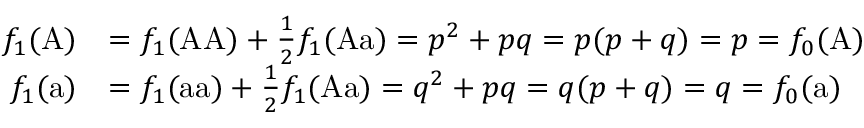
{ \begin{array} { r l } { f _ { 1 } ( { \mathrm { A } } ) } & { = f _ { 1 } ( { \mathrm { A A } } ) + { \frac { 1 } { 2 } } f _ { 1 } ( { \mathrm { A a } } ) = p ^ { 2 } + p q = p ( p + q ) = p = f _ { 0 } ( { \mathrm { A } } ) } \\ { f _ { 1 } ( { \mathrm { a } } ) } & { = f _ { 1 } ( { \mathrm { a a } } ) + { \frac { 1 } { 2 } } f _ { 1 } ( { \mathrm { A a } } ) = q ^ { 2 } + p q = q ( p + q ) = q = f _ { 0 } ( { \mathrm { a } } ) } \end{array} }